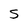
Character: s